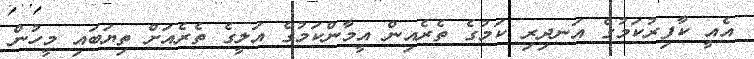
އެއީ ކާފިރުކަމުގެ އަނދިރި ކަމުގެ ތެރެއިން އީމާންކަމުގެ އަލީގެ ތެރެއަށް ތިޔަބައި މީހުން